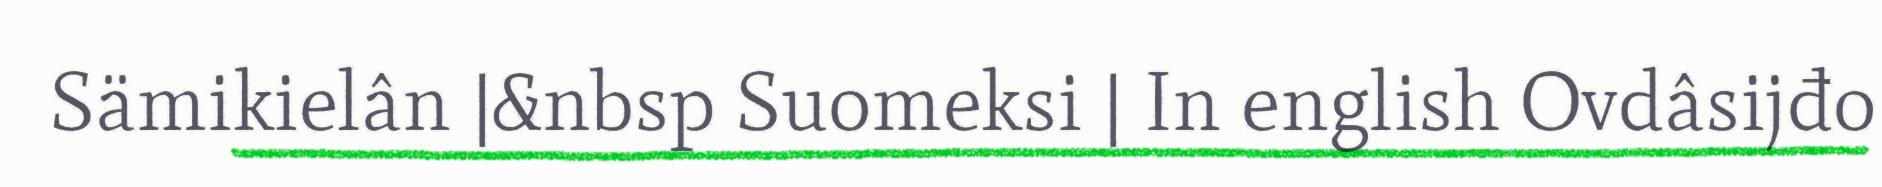
Sämikielân |&nbsp Suomeksi | In english Ovdâsijđo